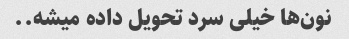
نون‌ها خیلی سرد تحویل داده میشه..